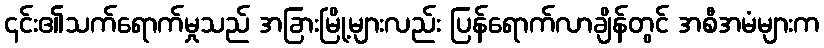
၎င်း၏သက်ရောက်မှုသည် အခြားမြို့များလည်း ပြန်ရောက်လာချိန်တွင် အစီအမံများက